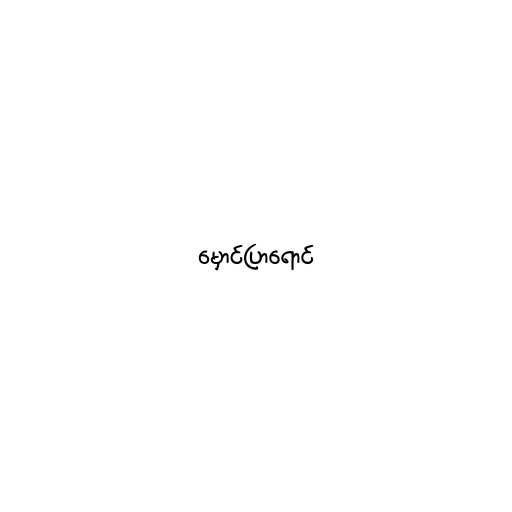
မှောင်ပြာရောင်